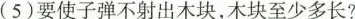
(5)要使子弹不射出木块，木块至少多长?